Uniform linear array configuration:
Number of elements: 4
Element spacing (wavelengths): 1
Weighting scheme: kaiser
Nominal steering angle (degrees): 60
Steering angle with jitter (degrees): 58.15
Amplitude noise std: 0.05
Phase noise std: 0.05

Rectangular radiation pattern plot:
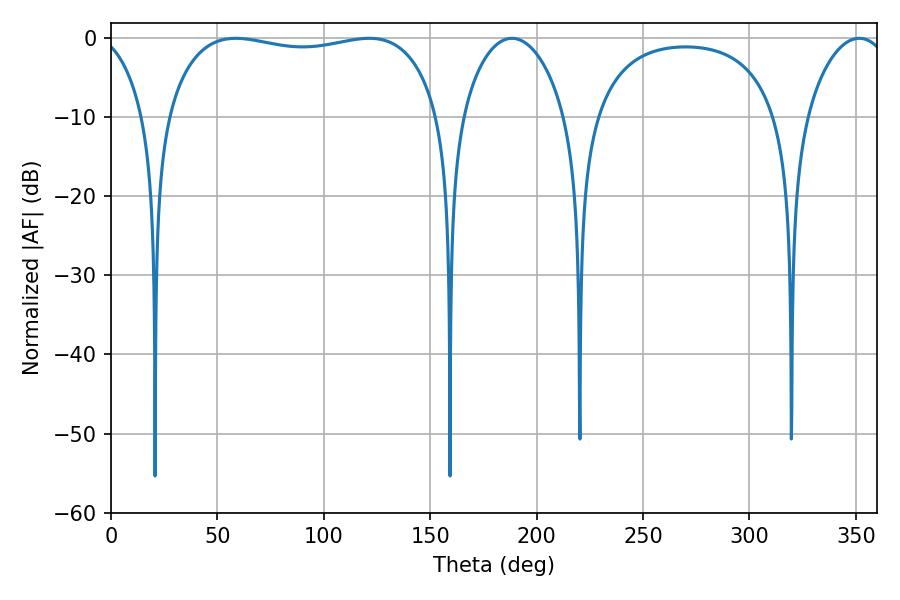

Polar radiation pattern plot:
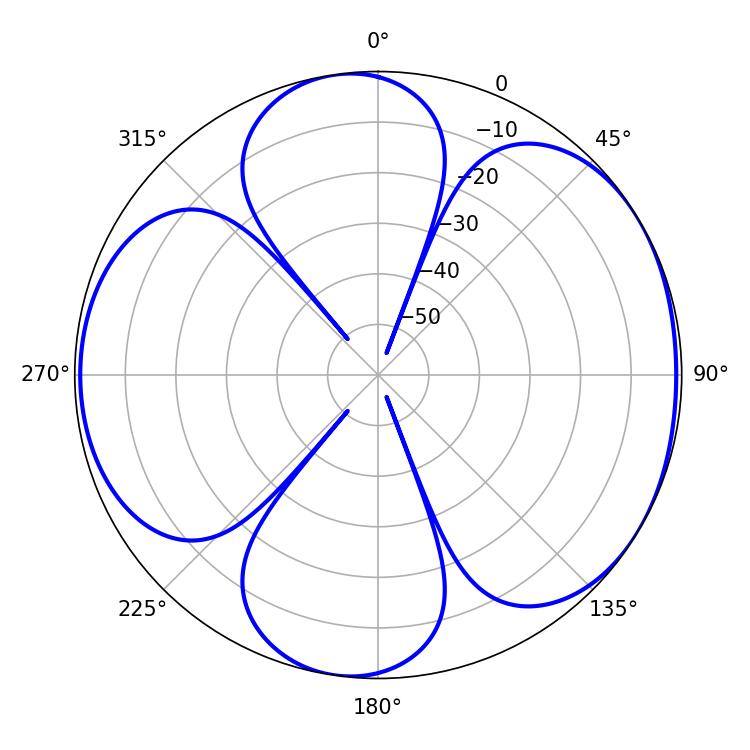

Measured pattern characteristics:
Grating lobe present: TRUE
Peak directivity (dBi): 5.622
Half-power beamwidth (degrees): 103.68
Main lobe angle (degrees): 58.68